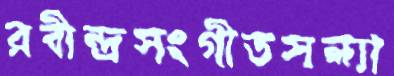
রবীন্দ্রসংগীতসন্ধ্যা